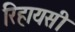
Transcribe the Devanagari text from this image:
रिहायसी